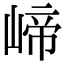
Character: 崹